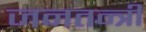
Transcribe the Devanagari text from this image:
जनतन्त्री